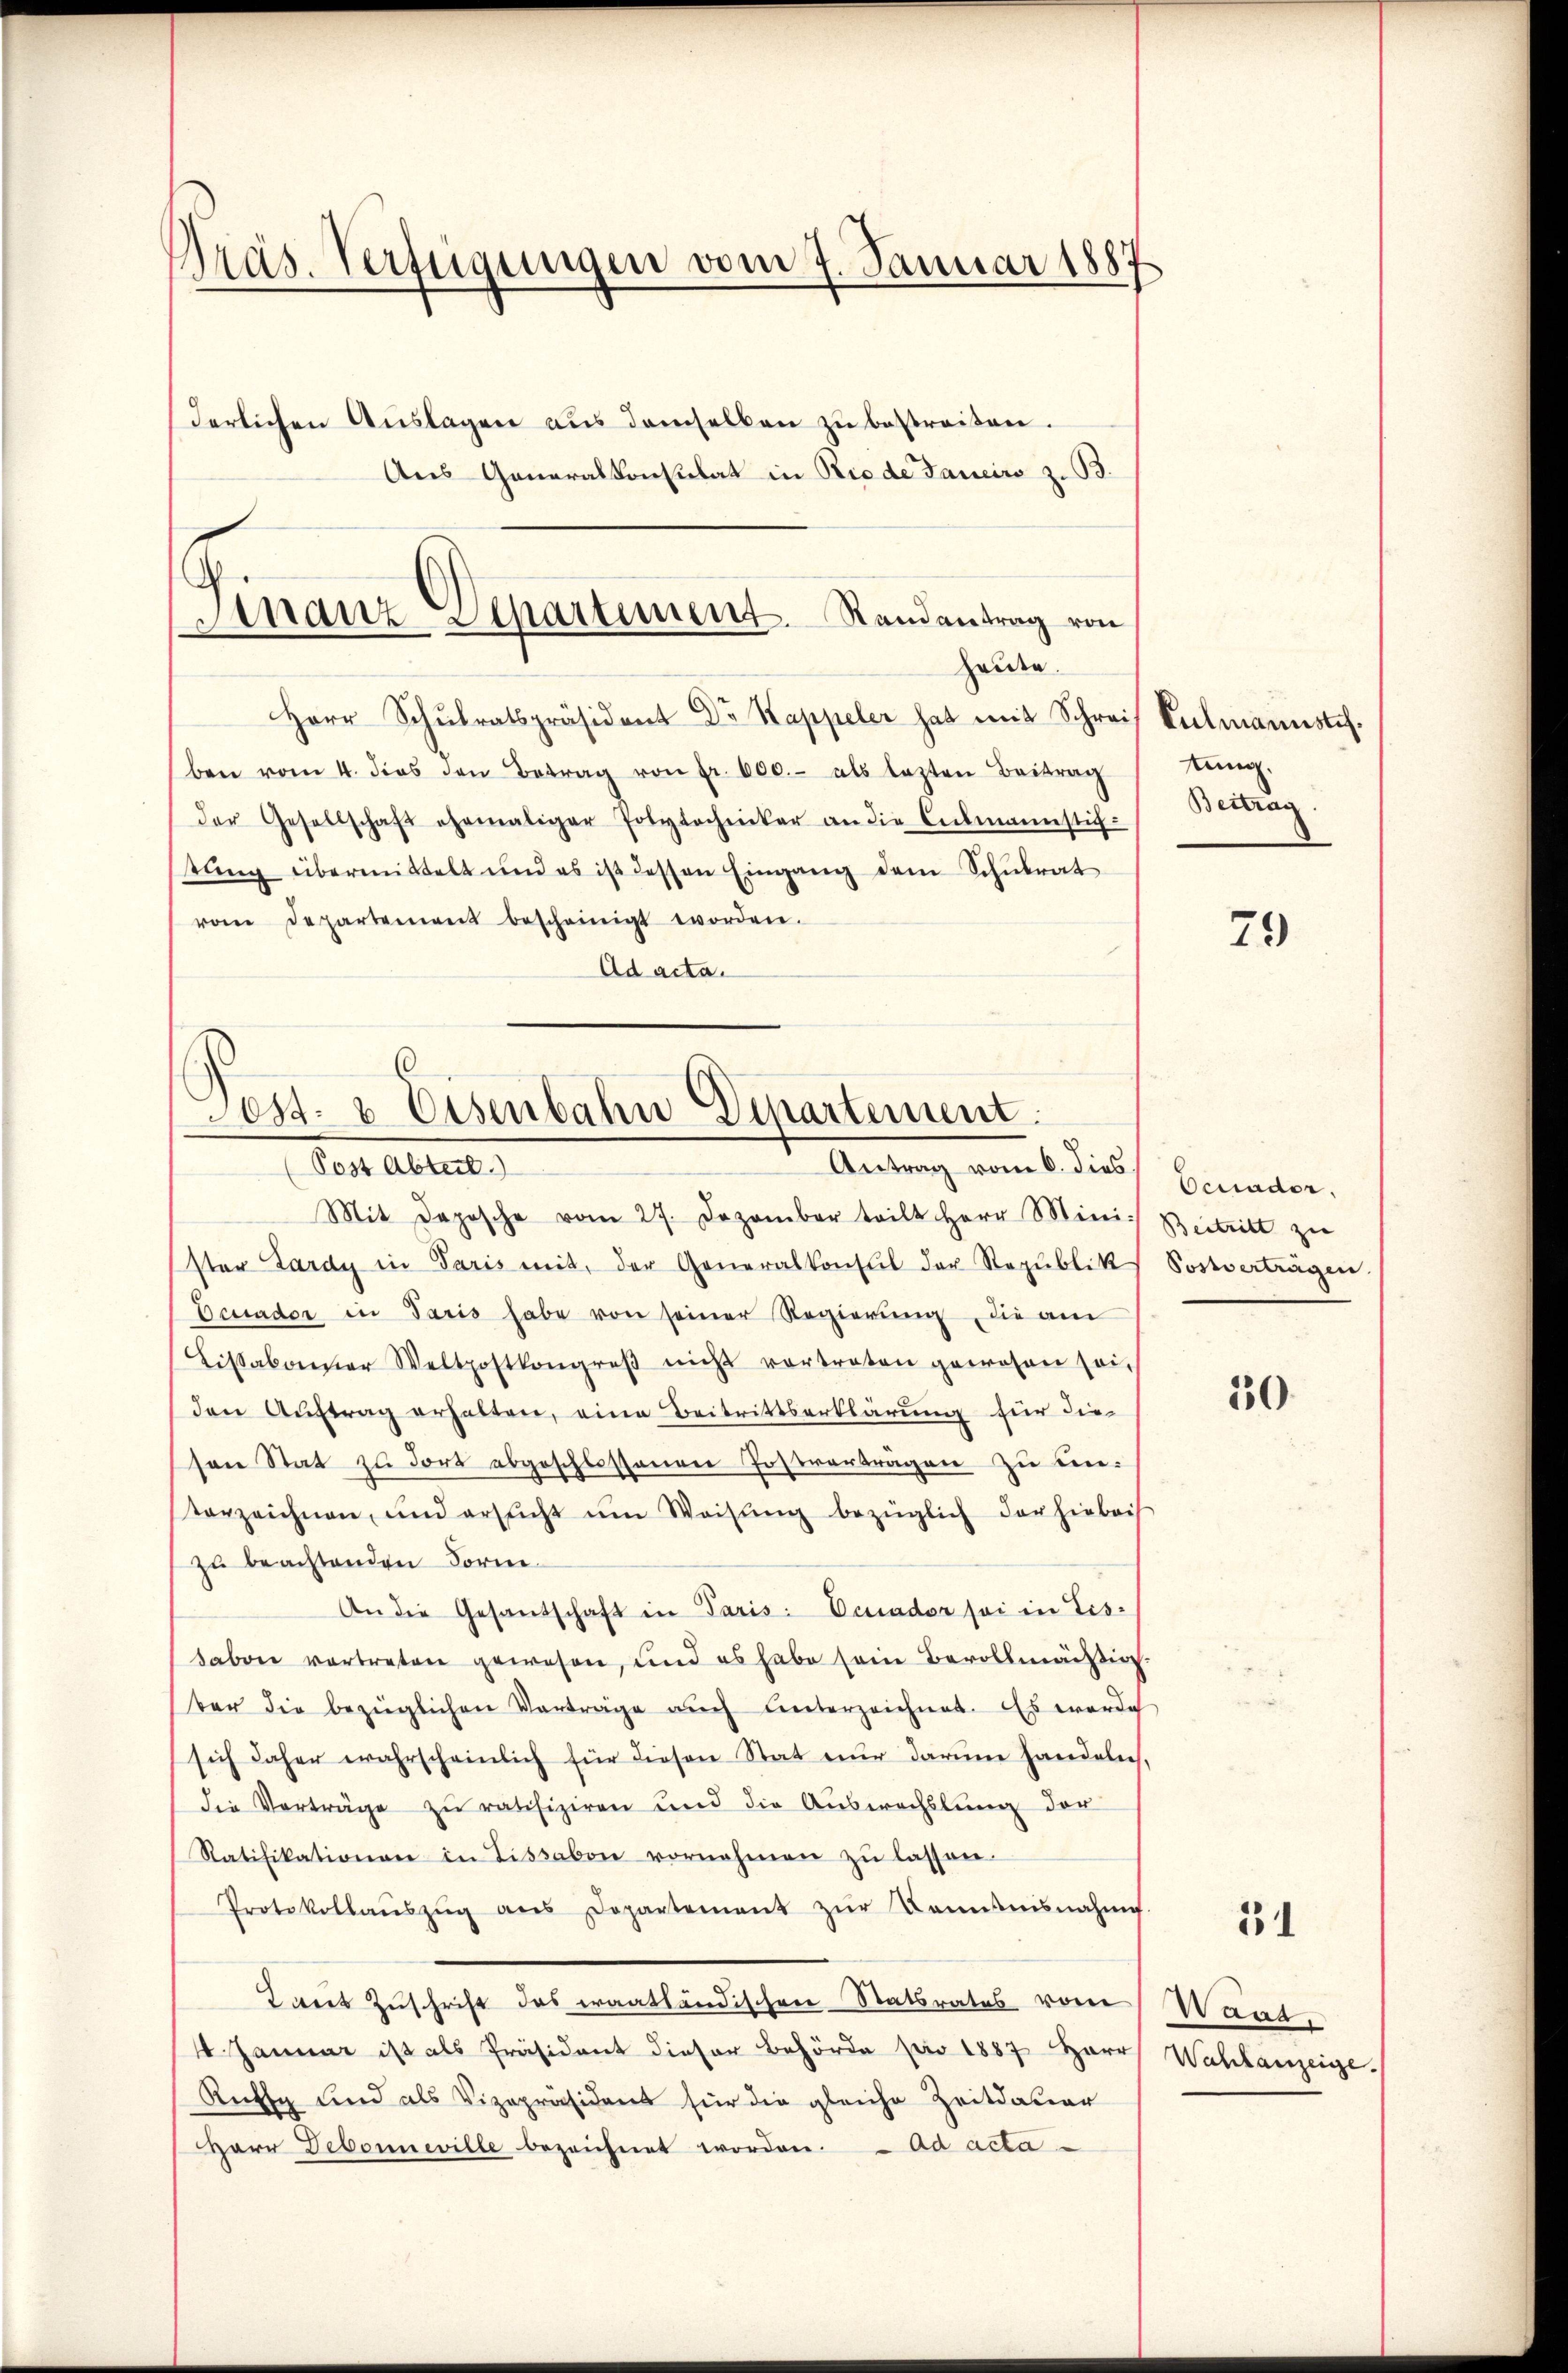
Präs. Verfügungen vom 7. Januar 1887
derlichen Aŭslagen aŭs demselben zŭ bestreiten.
Aus Generalkonsulat in Rio de Janeiro z. B.

Finanz Separtement. Randantrag von
Heiden.

Herr Schŭlratspräsident Dr Kappeler hat mit Schreif
ben vom 4. dies den Betrag von Fr. 600.- als lezten Beitrag
der Gesellschaft ehemaliger Polytechniker an die Culmannstich
tŭng übermittelt und es ist dessen Eingang dem Schŭlrat
vom Departement bescheinigt worden.
Ad acta.

.
Post- & Eisenbahn Departement.
Post Abteil)
Antrag vom 6. dies

Mit dazische vom 27. Dezember teilt Herr Mini-
Ester Lardy in Paris mit, der Generalkonsul der Republik
Deuader in Paris habe von seiner Regierŭng die am
Lissaboner Weltpostkongreβ nicht vortreten gewesen seiden Auftrag erhalten, eine Beitrittserklärung für die
sene Stat zu fort abgeschlossenen Postvertragen zu un-
verzeichnen, und ersucht ŭm Weisŭng bezüglich der hiebei
zu beachtenden Form
An die Gesandschaft in Paris: Ocuader sei in Lis-
sabon vertreten gewesen, und es habe sein Bevollmächtig
ter die bezüglichen Vorträge aŭch unterzeichnet. Es werde
sich daher wahrscheinlich für diesen Stat nŭr darum handeln,
die Vorträge zu ratifiziren und die Auswechslung der
Ratifikationen in Tissabon vornehmen zŭ lassen.
Protokollanszŭg ans Departement zŭr Kenntnisnahme
Tares Zuschrift das Fraatländischen Statsrates vom
4 Januar ist als Präsident dieser Behörde pro 1887 Herr
Rutty und als Vizepräsident für die gleiche Zeitdauer
HHerr Debonneville bezeichnet worden. - Ad acta

Culmannstes.
tung.
Beitrag

79

Ocuader.
Beitritt zu
Postverträgen

30

31

Waat,
Wahlanzeige.